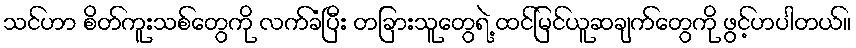
သင်ဟာ စိတ်ကူးသစ်တွေကို လက်ခံပြီး တခြားသူတွေရဲ့ ထင်မြင်ယူဆချက်တွေကို ဖွင့်ဟပါတယ်။